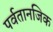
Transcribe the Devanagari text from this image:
पर्वतानजिक